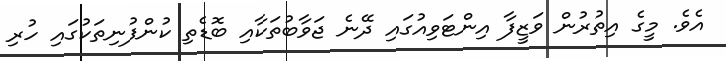
އެވެ. މީގެ އިތުރުން ވަޒީފާ އިންޓަވިއުގައި ދޭނެ ޖަވާބުތަކާއި ބޮޑެތި ކުންފުނިތަކުގައި ހުރި